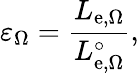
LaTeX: \varepsilon_{\Omega}={\frac{L_{\mathrm{e},\Omega}}{L_{\mathrm{e},\Omega}^{\circ}}},